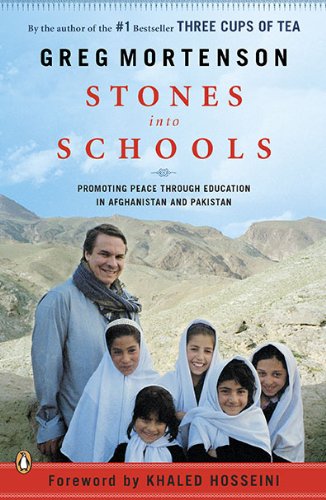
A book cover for Stones into Schools: Promoting Peace with Education in Afghanistan and Pakistan; Greg Mortenson; History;